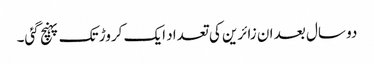
دو سال بعد ان زائرین کی تعداد ایک کروڑ تک پہنچ گئی۔